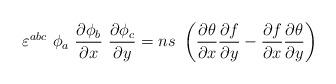
LaTeX: \begin{align*}\varepsilon^{abc}~\phi_a~\frac{\partial\phi_b}{\partial x}~\frac{\partial\phi_c}{\partial y}=ns~\left(\frac{\partial\theta}{\partial x}\frac{\partial f}{\partial y}-\frac{\partial f}{\partial x}\frac{\partial\theta}{\partial y}\right)\end{align*}